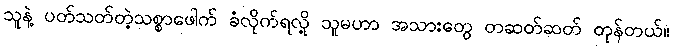
သူနဲ့ ပတ်သတ်တဲ့သစ္စာဖေါက် ခံလိုက်ရလို့ သူမဟာ အသားတွေ တဆတ်ဆတ် တုန်တယ်။